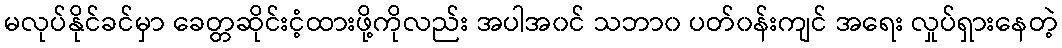
မလုပ်နိုင်ခင်မှာ ခေတ္တဆိုင်းငံ့ထားဖို့ကိုလည်း အပါအ၀င် သဘာ၀ ပတ်၀န်းကျင် အရေး လှုပ်ရှားနေတဲ့